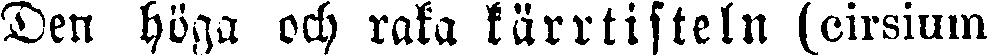
Den höga och raka kärrtisteln (cirsium